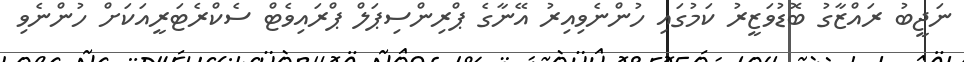
ނަޖީބު ރައްޒާގު ބޮޑުވަޒީރު ކަމުގައި ހުންނެވިއިރު އޭނާގެ ޕްރިންސިޕަލް ޕްރައިވެޓް ސެކްރެޓަރީއަކަށް ހުންނެވި